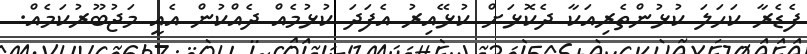
ފެޑެރާ ކަހަލަ ކުޅުންތެރިއަކާ ދެކޮޅަށް ކުޅޭއިރު އެފަދަ ކުޅުމެއް ދެއްކުން އެއީ މަޖުބޫރުކަމެއް.